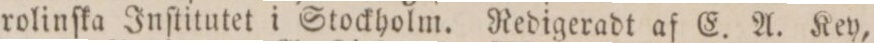
rolinſka Inſtitutet i Stockholm. Redigeradt af E. A. Key,